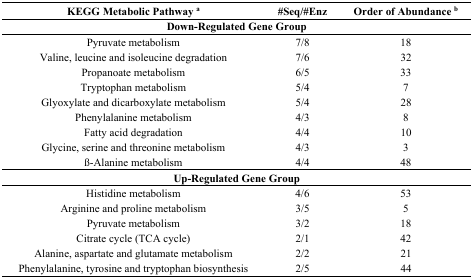
| KEGG Metabolic Pathway a | #Seq/#Enz | Order of Abundance b |
 | --- | --- | --- |
 | <COLSPAN=3> Down-Regulated Gene Group |
 | Pyruvate metabolism | 7/8 | 18 |
 | Valine, leucine and isoleucine degradation | 7/6 | 32 |
 | Propanoate metabolism | 6/5 | 33 |
 | Tryptophan metabolism | 5/4 | 7 |
 | Glyoxylate and dicarboxylate metabolism | 5/4 | 28 |
 | Phenylalanine metabolism | 4/3 | 8 |
 | Fatty acid degradation | 4/4 | 10 |
 | Glycine, serine and threonine metabolism | 4/3 | 3 |
 | ß-Alanine metabolism | 4/4 | 48 |
 | <COLSPAN=3> Up-Regulated Gene Group |
 | Histidine metabolism | 4/6 | 53 |
 | Arginine and proline metabolism | 3/5 | 5 |
 | Pyruvate metabolism | 3/2 | 18 |
 | Citrate cycle (TCA cycle) | 2/1 | 42 |
 | Alanine, aspartate and glutamate metabolism | 2/2 | 21 |
 | Phenylalanine, tyrosine and tryptophan biosynthesis | 2/5 | 44 |